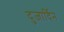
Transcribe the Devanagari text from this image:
दुजार्दिन